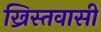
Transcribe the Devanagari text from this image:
ख्रिस्तवासी